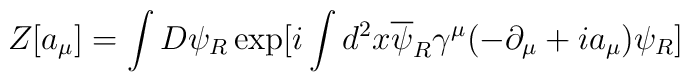
Z[a_{\mu}]=\int D \psi _{R}\exp[i \int d^{2}x \overline{\psi}_{R}\gamma^{\mu}(-\partial_{\mu}+i a_{\mu})\psi_{R}]